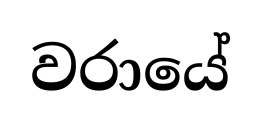
වරායේ